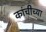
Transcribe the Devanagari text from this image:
कांचीच्या